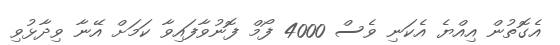
އެގޮތުން އިއްޔެ އެކަނި ވެސް 4000 ފޯމް ފޮނުވާފައިވާ ކަމަށް އޭނާ ވިދާޅުވި